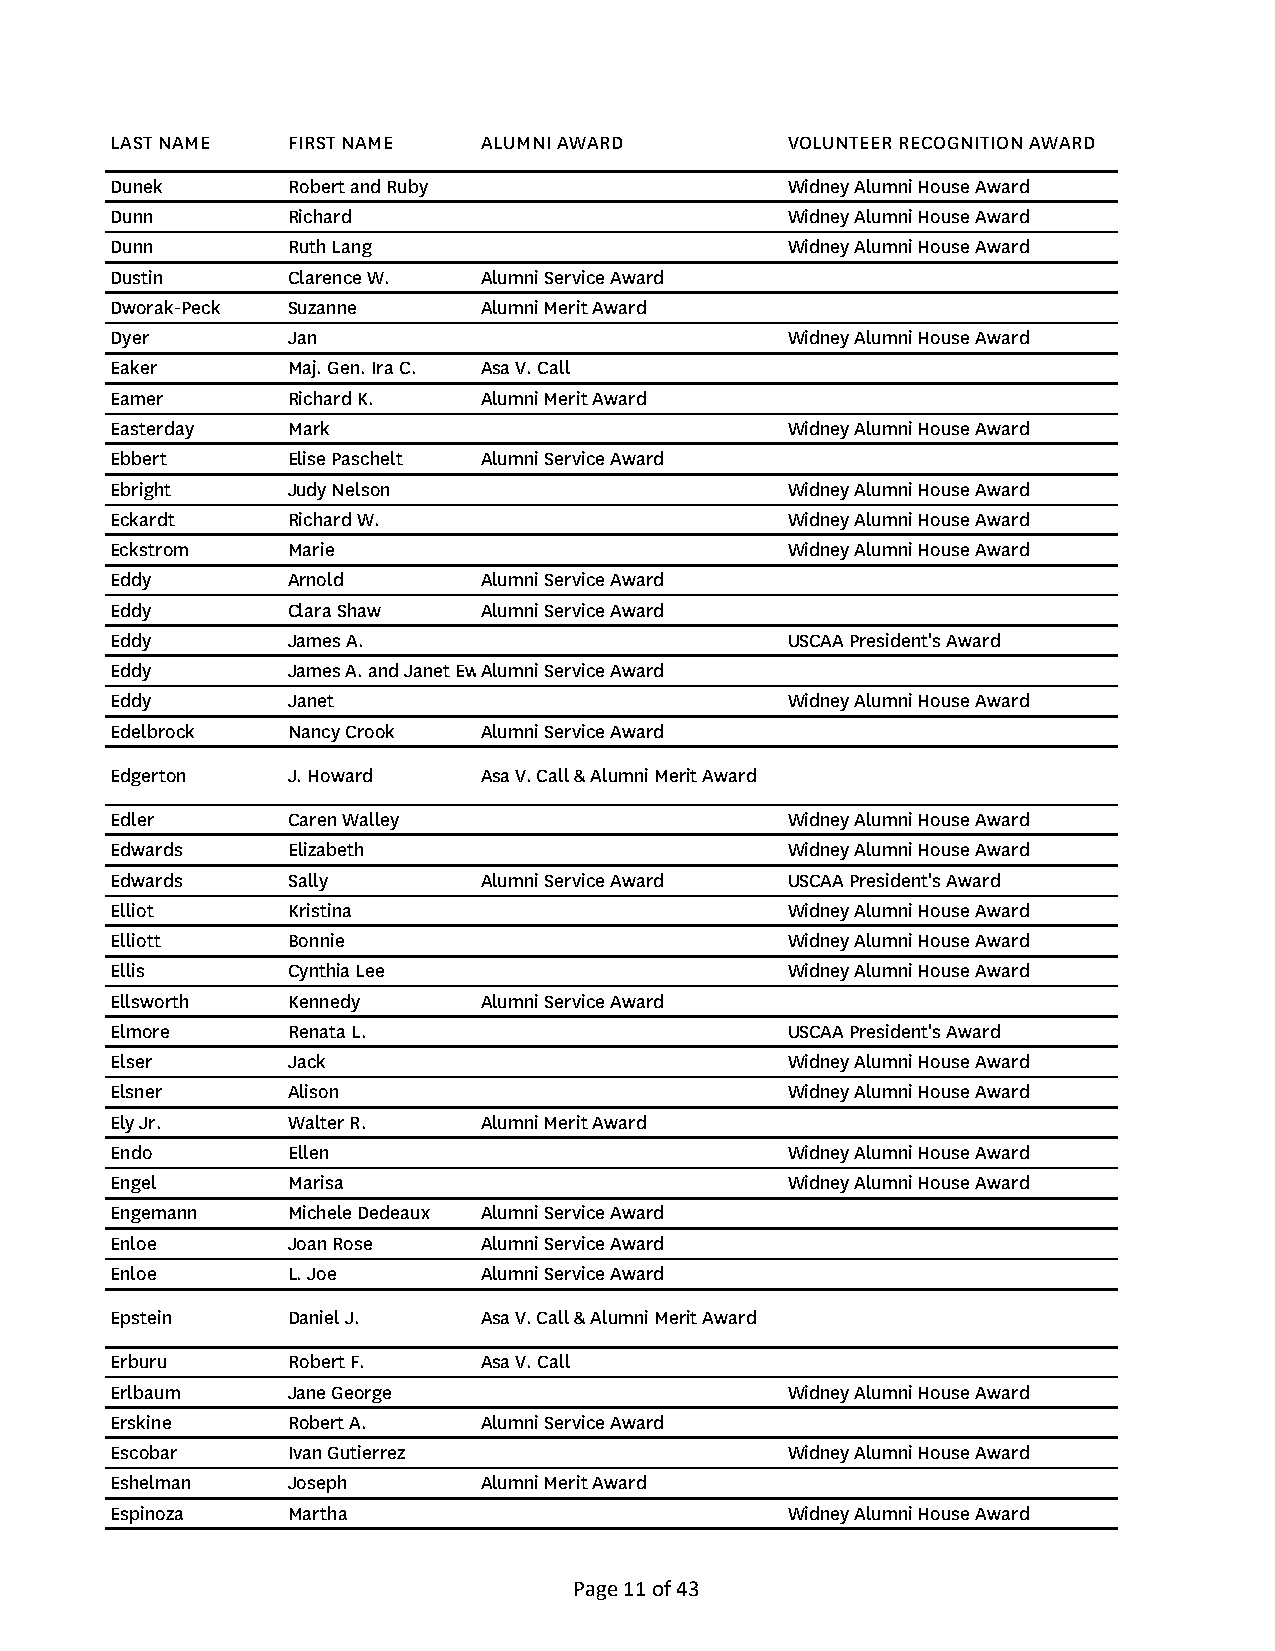
LAST NAME   FIRST NAME   ALUMNI AWARD        VOLUNTEER RECOGNITION AWARD
 Dunek       Robert and Ruby                  Widney Alumni House Award
 Dunn        Richard                          Widney Alumni House Award
 Dunn        Ruth Lang                        Widney Alumni House Award
 Dustin      Clarence W.  Alumni Service Award
 Dworak-Peck Suzanne      Alumni Merit Award
 Dyer        Jan                              Widney Alumni House Award
 Eaker       Maj. Gen. Ira C. Asa V. Call
 Eamer       Richard K.   Alumni Merit Award
 Easterday   Mark                             Widney Alumni House Award
 Ebbert      Elise Paschelt Alumni Service Award
 Ebright     Judy Nelson                      Widney Alumni House Award
 Eckardt     Richard W.                       Widney Alumni House Award
 Eckstrom    Marie                            Widney Alumni House Award
 Eddy        Arnold       Alumni Service Award
 Eddy        Clara Shaw   Alumni Service Award
 Eddy        James A.                         USCAA President's Award
 Eddy        James A. and Janet EwAlumni Service Award
 Eddy        Janet                            Widney Alumni House Award
 Edelbrock   Nancy Crook  Alumni Service Award
 Edgerton    J. Howard    Asa V. Call & Alumni Merit Award
 Edler       Caren Walley                     Widney Alumni House Award
 Edwards     Elizabeth                        Widney Alumni House Award
 Edwards     Sally        Alumni Service Award USCAA President's Award
 Elliot      Kristina                         Widney Alumni House Award
 Elliott     Bonnie                           Widney Alumni House Award
 Ellis       Cynthia Lee                      Widney Alumni House Award
 Ellsworth   Kennedy      Alumni Service Award
 Elmore      Renata L.                        USCAA President's Award
 Elser       Jack                             Widney Alumni House Award
 Elsner      Alison                           Widney Alumni House Award
 Ely Jr.     Walter R.    Alumni Merit Award
 Endo        Ellen                            Widney Alumni House Award
 Engel       Marisa                           Widney Alumni House Award
 Engemann    Michele Dedeaux Alumni Service Award
 Enloe       Joan Rose    Alumni Service Award
 Enloe       L. Joe       Alumni Service Award
 Epstein     Daniel J.    Asa V. Call & Alumni Merit Award
 Erburu      Robert F.    Asa V. Call
 Erlbaum     Jane George                      Widney Alumni House Award
 Erskine     Robert A.    Alumni Service Award
 Escobar     Ivan Gutierrez                   Widney Alumni House Award
 Eshelman    Joseph       Alumni Merit Award
 Espinoza    Martha                           Widney Alumni House Award
 Page 11 of 43